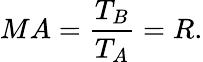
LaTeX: MA={\frac{T_{B}}{T_{A}}}=R.